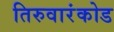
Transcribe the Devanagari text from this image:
तिरुवारंकोड